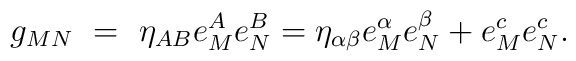
g_{MN}~=~\eta_{AB} e_M^A e_N^B = \eta_{\alpha \beta} e_M^{\alpha} e_N^{\beta} +e_M^c e_N^c.